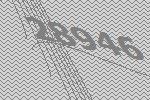
28946